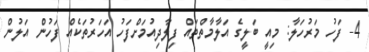
4- ފަހު މަރުހަލާ: މިއީ ބަލީގެ އަލާމާތްތައް ފިލާދިއުމަށްފަހު އަހަރުތަކެއް ފަހުން އަލުން